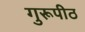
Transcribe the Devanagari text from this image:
गुरूपीठ